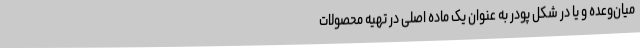
میان‌وعده و یا در شکل پودر به عنوان یک ماده اصلی در تهیه محصولات